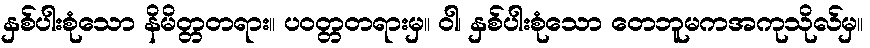
နှစ်ပါးစုံသော နိမိတ္တတရား။ ပဝတ္တတရားမှ။ ဝါ၊ နှစ်ပါးစုံသော တေဘူမကအကုသိုလ်မှ။